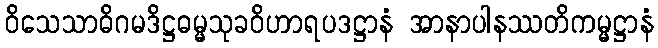
ဝိသေသာဓိဂမဒိဋ္ဌဓမ္မသုခဝိဟာရပဒဋ္ဌာနံ အာနာပါနဿတိကမ္မဋ္ဌာနံ